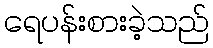
ရေပန်းစားခဲ့သည်